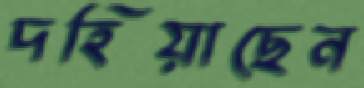
দহিয়াছেন